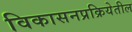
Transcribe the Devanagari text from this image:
विकासनप्रक्रियेतील